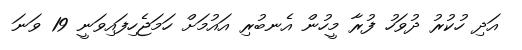
އަދި ހުކުރު ދުވަހު ފުރާ މީހުން އެނބުރި އައުމަށް ހަމަޖެހިފައިވަނީ 19 ވަނަ